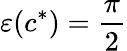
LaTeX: \varepsilon(c^{*})=\frac{\pi}{2}